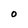
Character: O